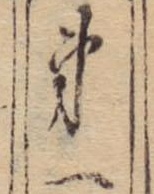
第一